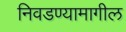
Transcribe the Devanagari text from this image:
निवडण्यामागील